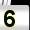
Digit: 5